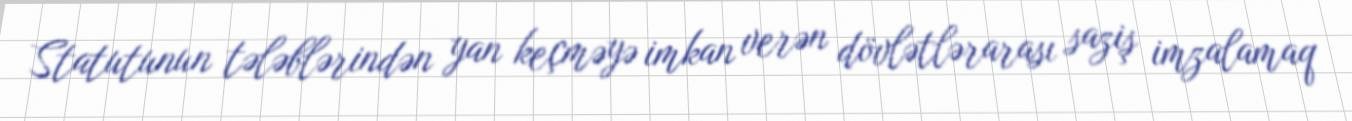
Statutunun tələblərindən yan keçməyə imkan verən dövlətlərarası saziş imzalamaq